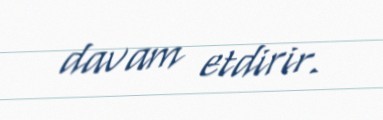
davam etdirir.